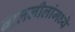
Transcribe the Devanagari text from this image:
बाललीलांमध्ये